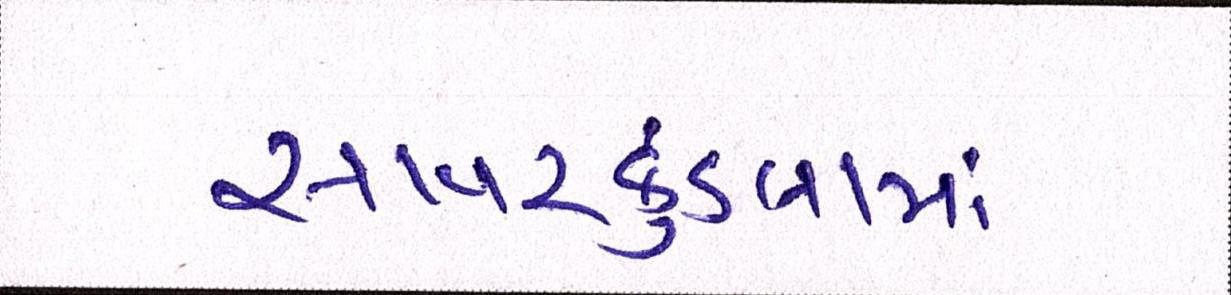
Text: સાવરકુંડલામાં